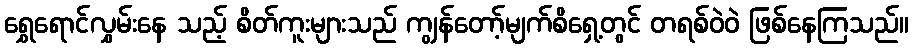
ရွှေရောင်လွှမ်းနေ သည့် စိတ်ကူးများသည် ကျွန်တော့်မျက်စိရှေ့တွင် တရစ်ဝဲဝဲ ဖြစ်နေကြသည်။